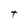
Character: T